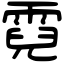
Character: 霓